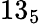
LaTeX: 13_{5}